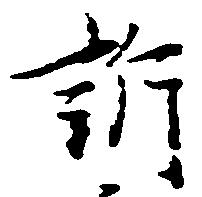
訴